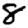
Digit: 8